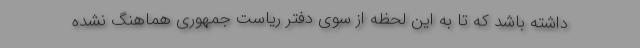
داشته باشد که تا به این لحظه از سوی دفتر ریاست جمهوری هماهنگ نشده